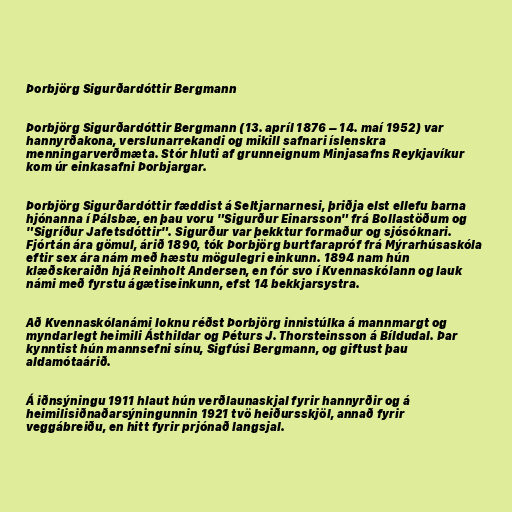
Þorbjörg Sigurðardóttir Bergmann

Þorbjörg Sigurðardóttir Bergmann (13. apríl 1876 – 14. maí 1952) var
hannyrðakona, verslunarrekandi og mikill safnari íslenskra
menningarverðmæta. Stór hluti af grunneignum Minjasafns Reykjavíkur
kom úr einkasafni Þorbjargar.

Þorbjörg Sigurðardóttir fæddist á Seltjarnarnesi, þriðja elst ellefu barna
hjónanna í Pálsbæ, en þau voru "Sigurður Einarsson" frá Bollastöðum og
"Sigríður Jafetsdóttir". Sigurður var þekktur formaður og sjósóknari.
Fjórtán ára gömul, árið 1890, tók Þorbjörg burtfarapróf frá Mýrarhúsaskóla
eftir sex ára nám með hæstu mögulegri einkunn. 1894 nam hún
klæðskeraiðn hjá Reinholt Andersen, en fór svo í Kvennaskólann og lauk
námi með fyrstu ágætiseinkunn, efst 14 bekkjarsystra.

Að Kvennaskólanámi loknu réðst Þorbjörg innistúlka á mannmargt og
myndarlegt heimili Ásthildar og Péturs J. Thorsteinsson á Bíldudal. Þar
kynntist hún mannsefni sínu, Sigfúsi Bergmann, og giftust þau
aldamótaárið.

Á iðnsýningu 1911 hlaut hún verðlaunaskjal fyrir hannyrðir og á
heimilisiðnaðarsýningunnin 1921 tvö heiðursskjöl, annað fyrir
veggábreiðu, en hitt fyrir prjónað langsjal.